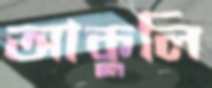
আকুলি